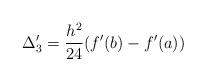
LaTeX: \begin{align*} \Delta_3'=\frac{h^2}{24}(f'(b)-f'(a))\end{align*}